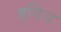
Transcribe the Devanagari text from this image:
हगिंज